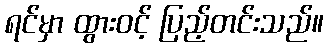
ရင်မှာ ထွားဝင့် ပြည့်တင်းသည်။